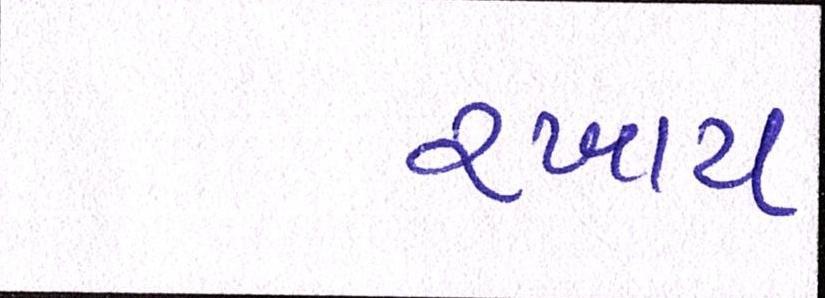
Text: રખાય